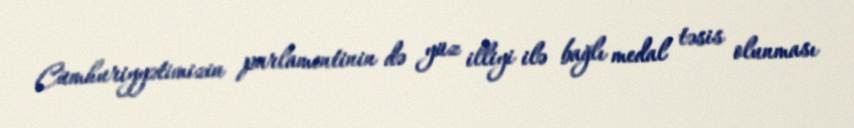
Cümhuriyyətimizin parlamentinin də yüz illiyi ilə bağlı medal təsis olunması